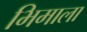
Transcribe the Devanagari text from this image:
भिमाला